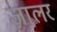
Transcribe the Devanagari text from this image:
ज़ालर